Rapla_vallakohus, lk 12
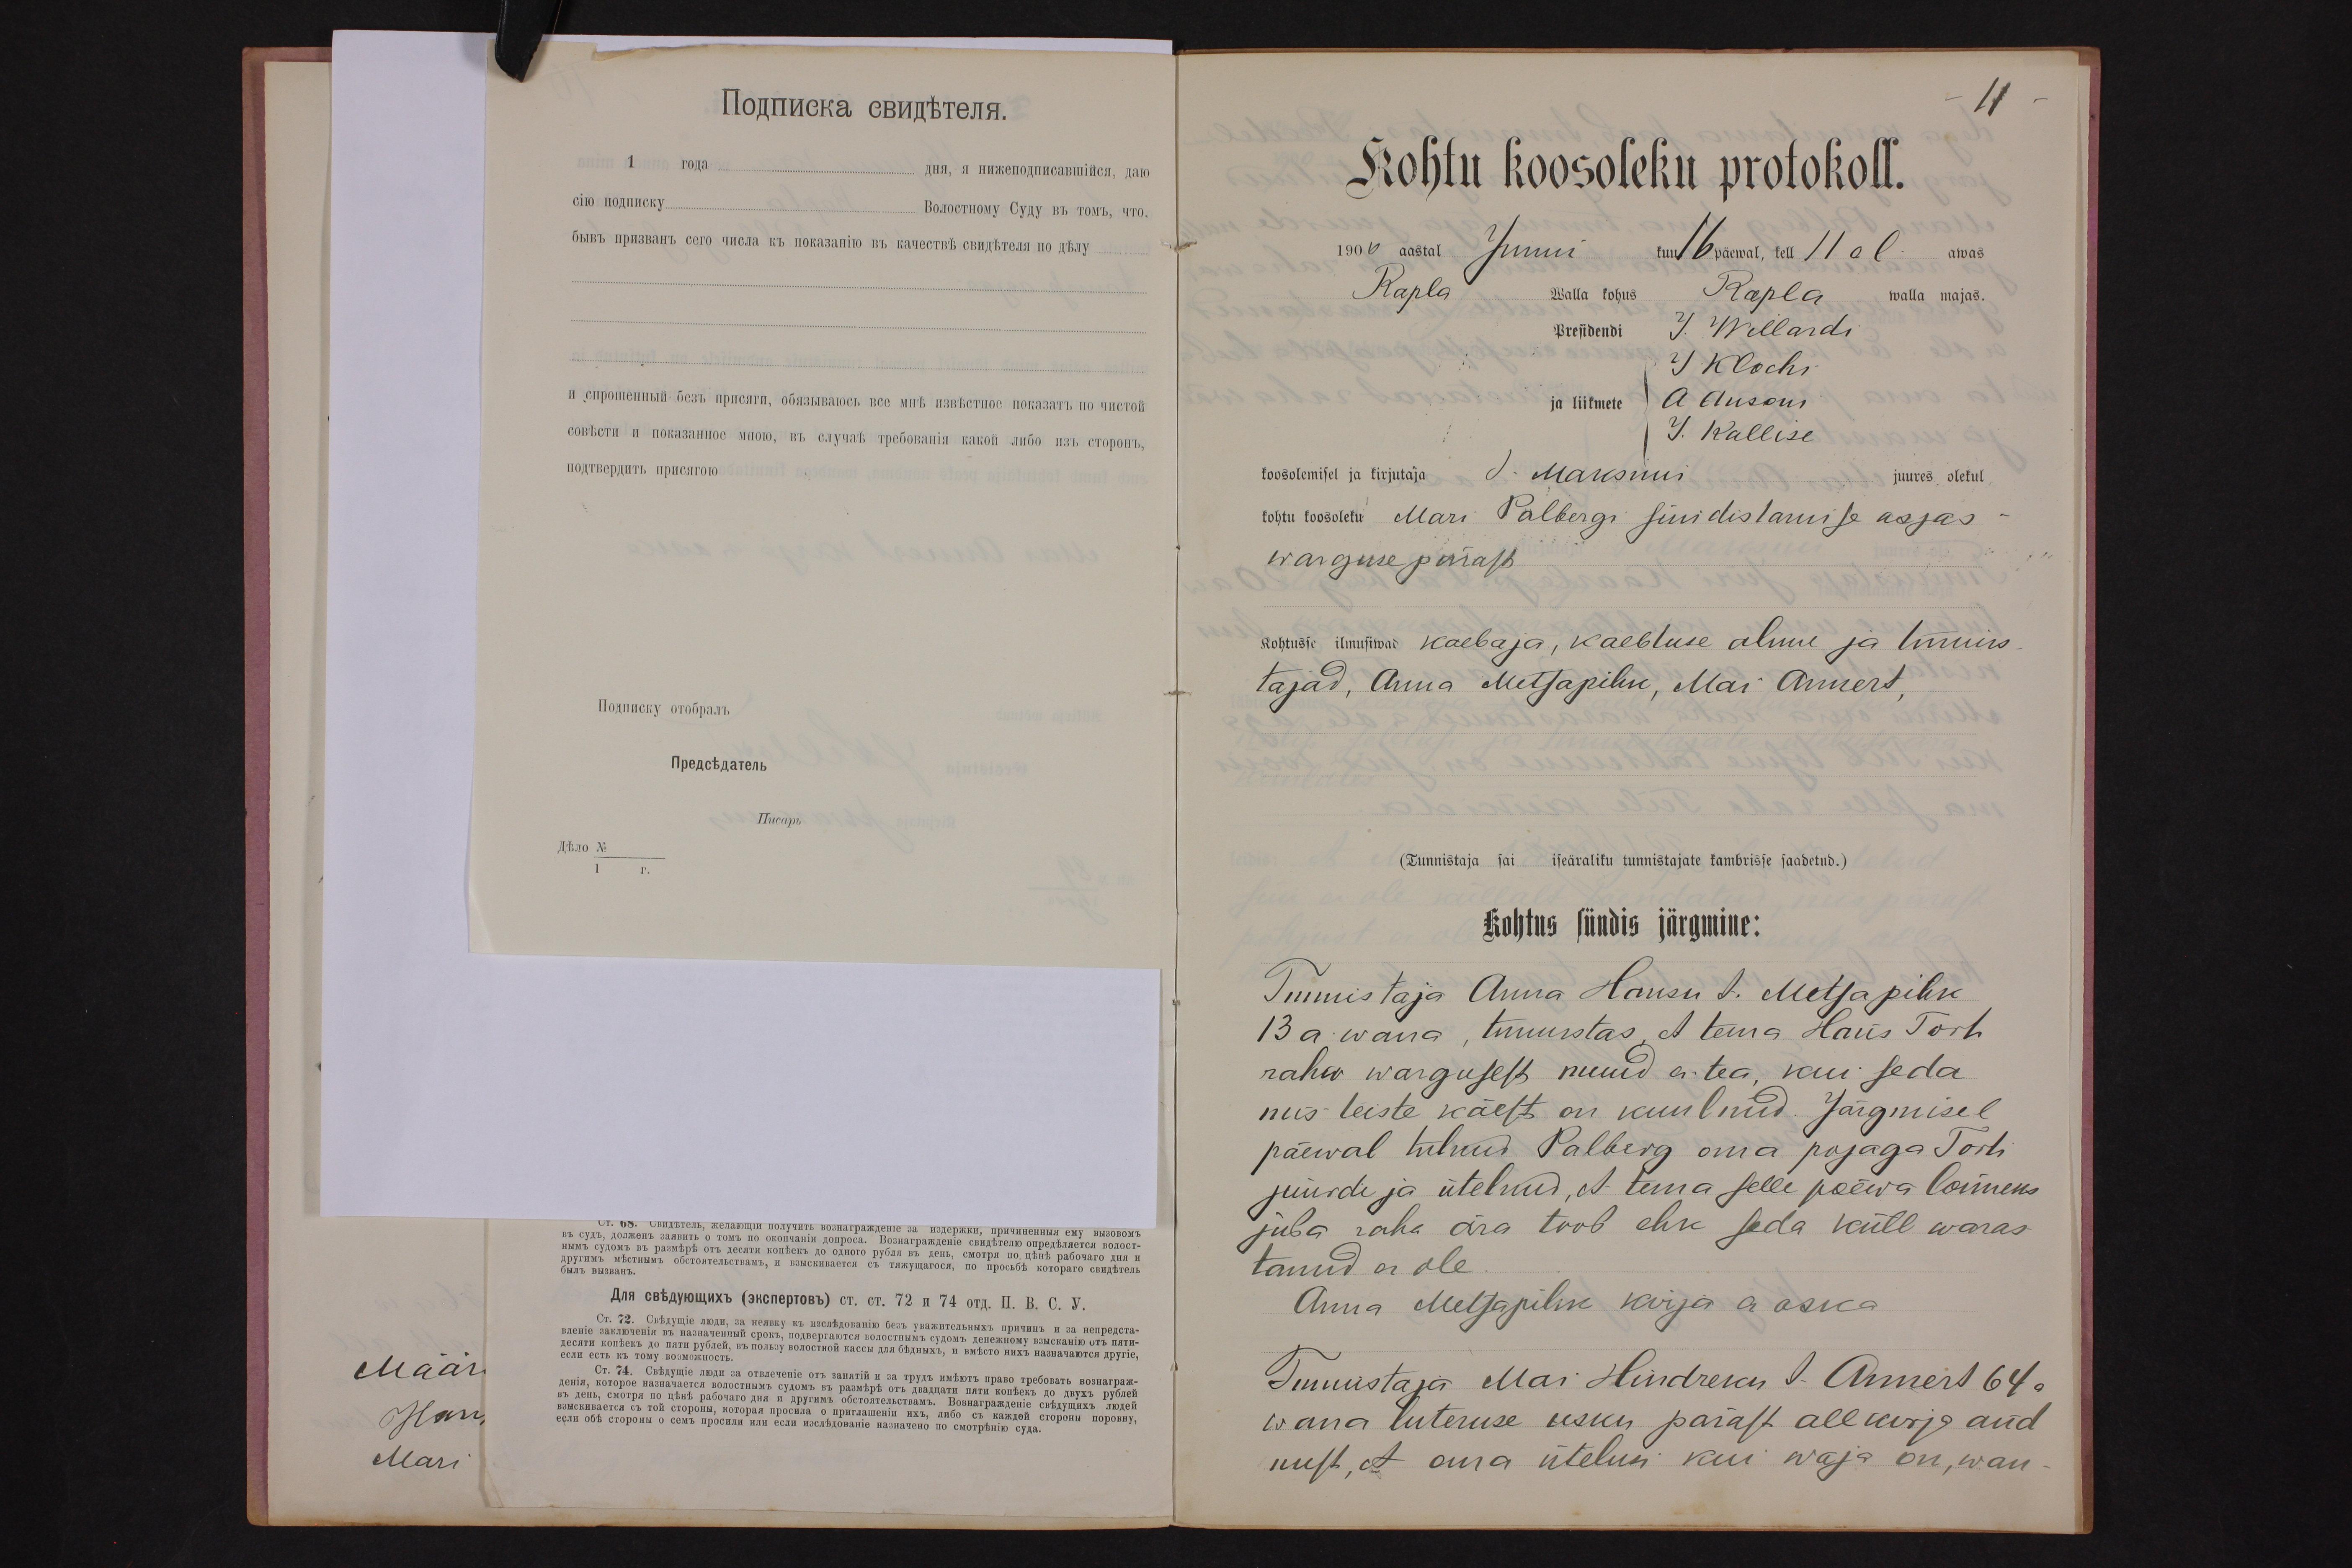
11
Kohtu koosoleku protokoll.
1900 aastal Juni kuu 16 päewal, kell 11 al. awas
Rapla walla kohus Rapla walla majas.
Presidendi J. Willardi
J Klochi
ja liikmete A. Ausoni
J. Kallise
koosolemisel ja kirjutaja J. Maksimi juures olekul
kohtu koosoleku Mari Palbergi süüdistamise asjas
warguse pärast
Kohtusse ilmusiwad kaebaja, kaebtuse alune ja tunnis-
tajad, Anna Metsapihk, Mai Annert,
(Tunnistaja... sai... iseäraliku tunnistajate kambrisse saadetud.)
Kohtus sündis järgmine:
Tunnistaja Anna Hansu t. Metsapihk
13 a. wana, tunnistas, et tema Hans Torti
raha wargusest muud ei tea, kui seda
mis teiste käest on kuulnud. Järgmisel
päewal tulnud Palberg oma pojaga Torti
juurde ja ütelnud, et tema selle päewa louneks
juba raha ära toob ehk seda küll waras-
tanud ei ole.
Anna Metsapihk kirja ei oska
Tunnistaja Mai Hindreku t Annert 64 a
wana luteruse usku pärast allkirja and
mist, et oma ütelusi kui waja on, wan-